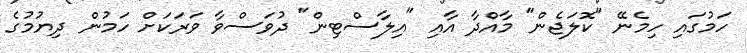
ހަމުގައި ހިމެނޭ "ކޮލަޖެން" މާއްދާ އާއި "އިލާސްޓިން" ދުވަސްވާ ވަރަކަށް ހަމުން ދިޔުމުގެ